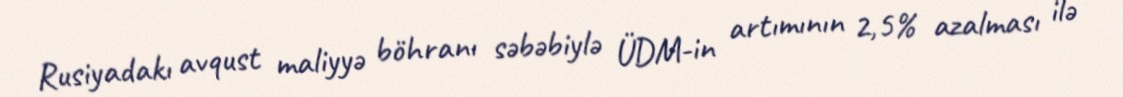
Rusiyadakı avqust maliyyə böhranı səbəbiylə ÜDM-in artımının 2,5% azalması ilə